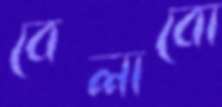
বেলাবো